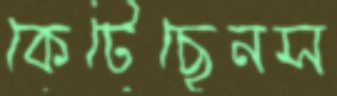
কেটেছেনস